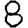
Digit: 8